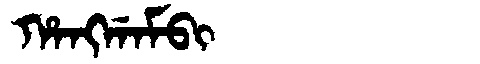
Manchu: ᡥᠠᠩᡤᠠᠮᠪᡳ
Romanization: HANGGAMBI